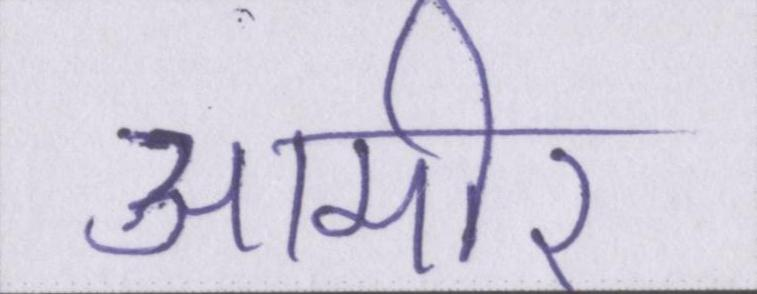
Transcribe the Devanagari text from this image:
आमीर